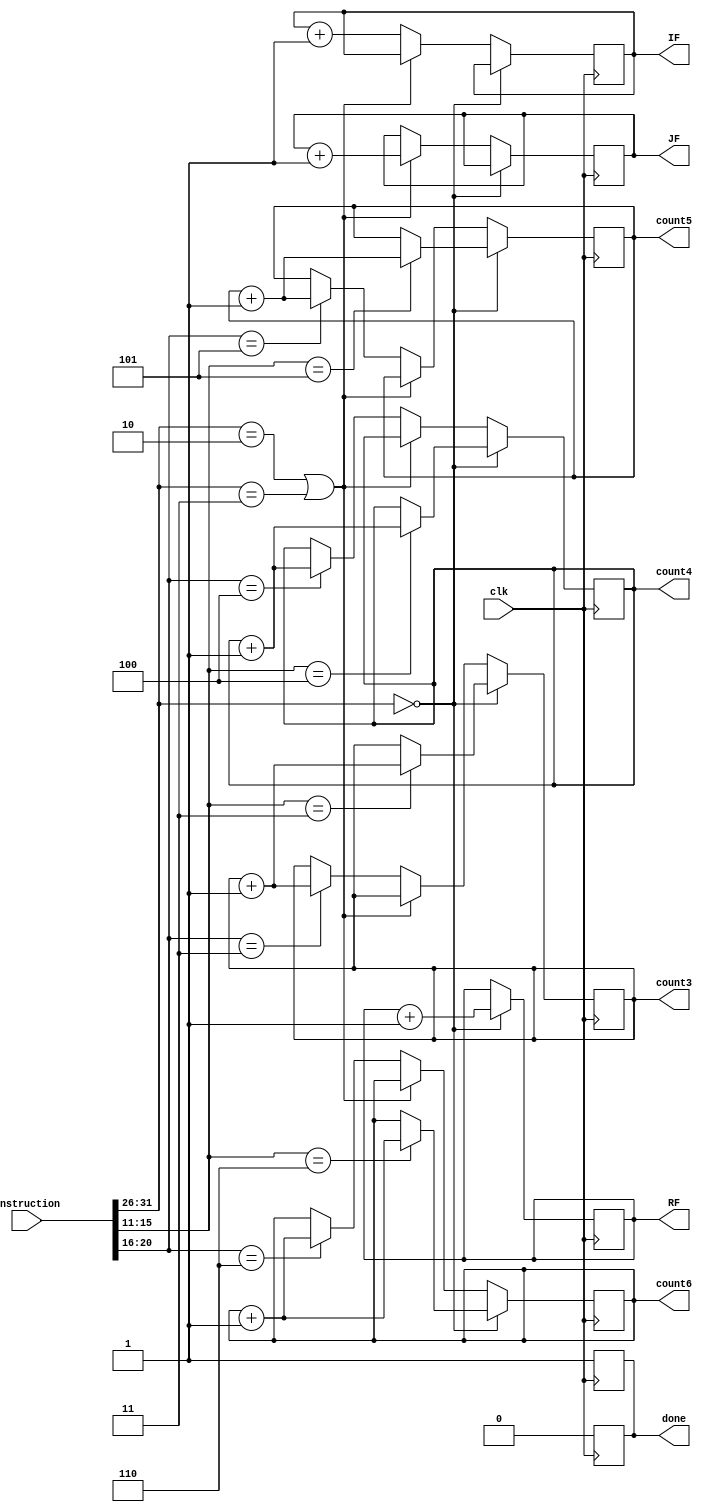
module Processor(clk,instruction,RF,IF,JF,count3,count4,count5,count6,done);

    input clk;
    input [31:0] instruction;

    output reg [3:0] RF;
    output reg [3:0] IF;
    output reg [3:0] JF;
    output reg [3:0] count3;
    output reg [3:0] count4;
    output reg [3:0] count5;
    output reg [3:0] count6;

    output reg done;

    wire [5:0] opcode;
    reg [5:0] rd;

    assign opcode = instruction[31:26];

    always @(posedge clk) begin

        if (opcode==0) begin
            RF = RF+1;
            rd = instruction[15:11];
        
            case (rd)
                3: begin
                    count3 <= count3+1;
                end 
                4: begin
                    count4 <= count4+1;
                end 
                5: begin
                    count5 <= count5+1;
                end 
                6: begin
                    count6 = count6+1;
                end 
                
            endcase

            done <= 1;

        end

        else if (opcode == 2 || opcode == 3) begin
            JF = JF+1;
            done <= 1;
        end

        else begin
            IF = IF+1;

            rd = instruction[20:16];

            case (rd)
                3: begin
                    count3 <= count3+1;
                end 
                4: begin
                    count4 <= count4+1;
                end 
                5: begin
                    count5 <= count5+1;
                end 
                6: begin
                    count6 <= count6+1;
                end 
                
            endcase

            done <= 1;
        end
    end

    always @(negedge clk) begin
        done <= 0;
    end

    initial begin
        RF=0;
        IF=0;
        JF=0;
        count3=0;
        count4=0;
        count5=0;
        count6=0;
    end
    
endmodule